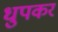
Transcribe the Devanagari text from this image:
धुपकर